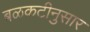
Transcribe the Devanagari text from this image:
बळकटीनुसार